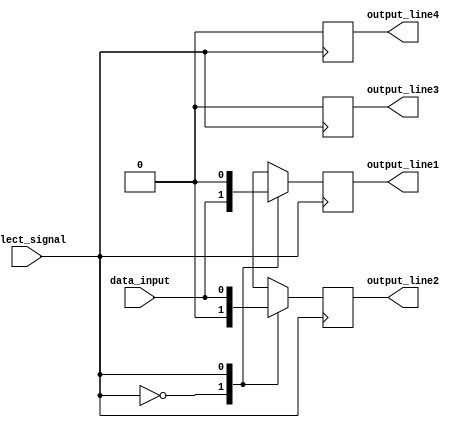
module demultiplexer (
    input wire data_input,
    input wire select_signal,
    output reg output_line1,
    output reg output_line2,
    output reg output_line3,
    output reg output_line4
);

always @ (posedge select_signal) begin
    case (select_signal)
        2'b00: begin
            output_line1 <= data_input;
            output_line2 <= 1'b0;
            output_line3 <= 1'b0;
            output_line4 <= 1'b0;
        end
        2'b01: begin
            output_line1 <= 1'b0;
            output_line2 <= data_input;
            output_line3 <= 1'b0;
            output_line4 <= 1'b0;
        end
        2'b10: begin
            output_line1 <= 1'b0;
            output_line2 <= 1'b0;
            output_line3 <= data_input;
            output_line4 <= 1'b0;
        end
        2'b11: begin
            output_line1 <= 1'b0;
            output_line2 <= 1'b0;
            output_line3 <= 1'b0;
            output_line4 <= data_input;
        end
    endcase
end

endmodule